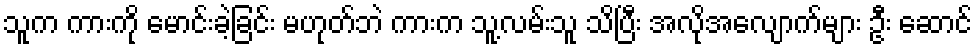
သူက ကားကို မောင်းခဲ့ခြင်း မဟုတ်ဘဲ ကားက သူ့လမ်းသူ သိပြီး အလိုအလျောက်များ ဦး ဆောင်